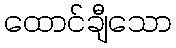
ထောင်ချီသော